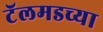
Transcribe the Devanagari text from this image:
टॅलमडच्या